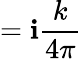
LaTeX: =\mathbf{i}{\frac{{k}}{{4\pi}}}